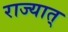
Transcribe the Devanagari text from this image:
राज्यात्